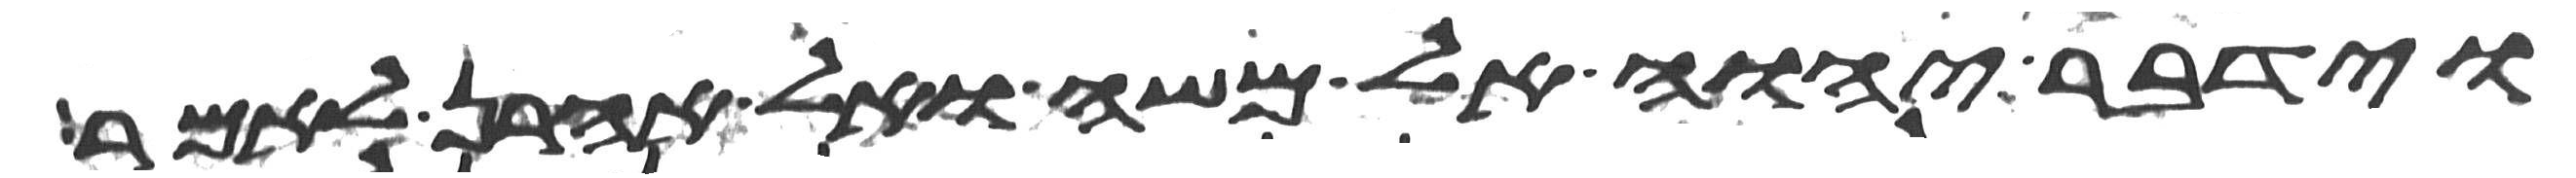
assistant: וידבר יהוה אל משה ואל אהרן לאמר